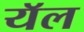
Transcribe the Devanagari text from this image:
यॅल